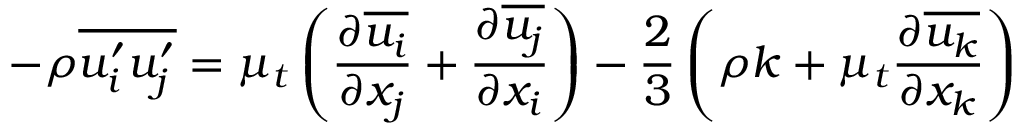
- \rho \overline { { u _ { i } ^ { \prime } u _ { j } ^ { \prime } } } = \mu _ { t } \left( \frac { \partial \overline { { u _ { i } } } } { \partial x _ { j } } + \frac { \partial \overline { { u _ { j } } } } { \partial x _ { i } } \right) - \frac { 2 } { 3 } \left( \rho k + \mu _ { t } \frac { \partial \overline { { u _ { k } } } } { \partial x _ { k } } \right)